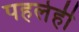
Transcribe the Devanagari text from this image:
पहलेही